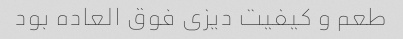
طعم و کیفیت دیزی فوق العاده بود